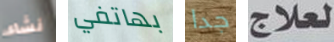
نشاء بهاتفي جدا لعلاج